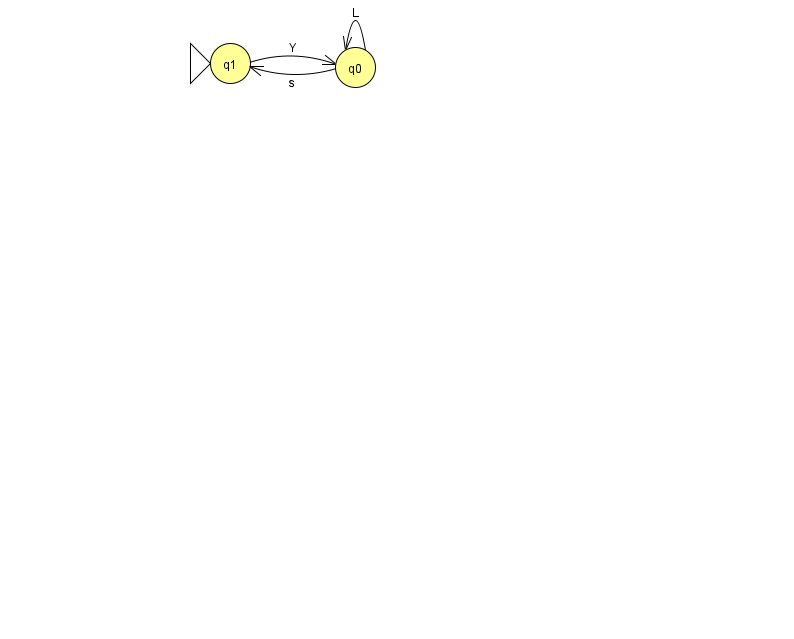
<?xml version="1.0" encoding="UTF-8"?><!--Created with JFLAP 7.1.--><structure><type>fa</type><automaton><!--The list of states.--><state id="0" name="q0"><x>355.0</x><y>54.0</y></state><state id="1" name="q1"><x>230.0</x><y>50.0</y><initial/></state><!--The list of transitions.--><transition><from>0</from><to>1</to><read>s</read></transition><transition><from>1</from><to>0</to><read>Y</read></transition><transition><from>0</from><to>0</to><read>L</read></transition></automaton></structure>